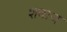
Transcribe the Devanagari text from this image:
शबाज़